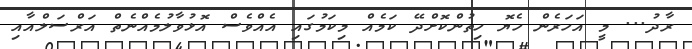
ރާދު... މީ އަހަރެން ހެޔޮ ހިތުންކޮށްދޭ ކަމެއް މިކަމުގައި އެއްވެސް އޮޅުވާލުމެއްނެތް އަރްސަލްއާއި